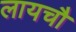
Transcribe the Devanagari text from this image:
लायचौ